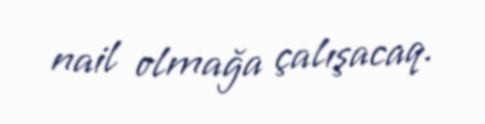
nail olmağa çalışacaq.